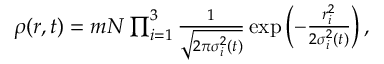
\begin{array} { r } { \rho ( \boldsymbol { r } , t ) = m N \prod _ { i = 1 } ^ { 3 } \frac { 1 } { \sqrt { 2 \pi \sigma _ { i } ^ { 2 } ( t ) } } \exp \left( - \frac { r _ { i } ^ { 2 } } { 2 \sigma _ { i } ^ { 2 } ( t ) } \right) , } \end{array}